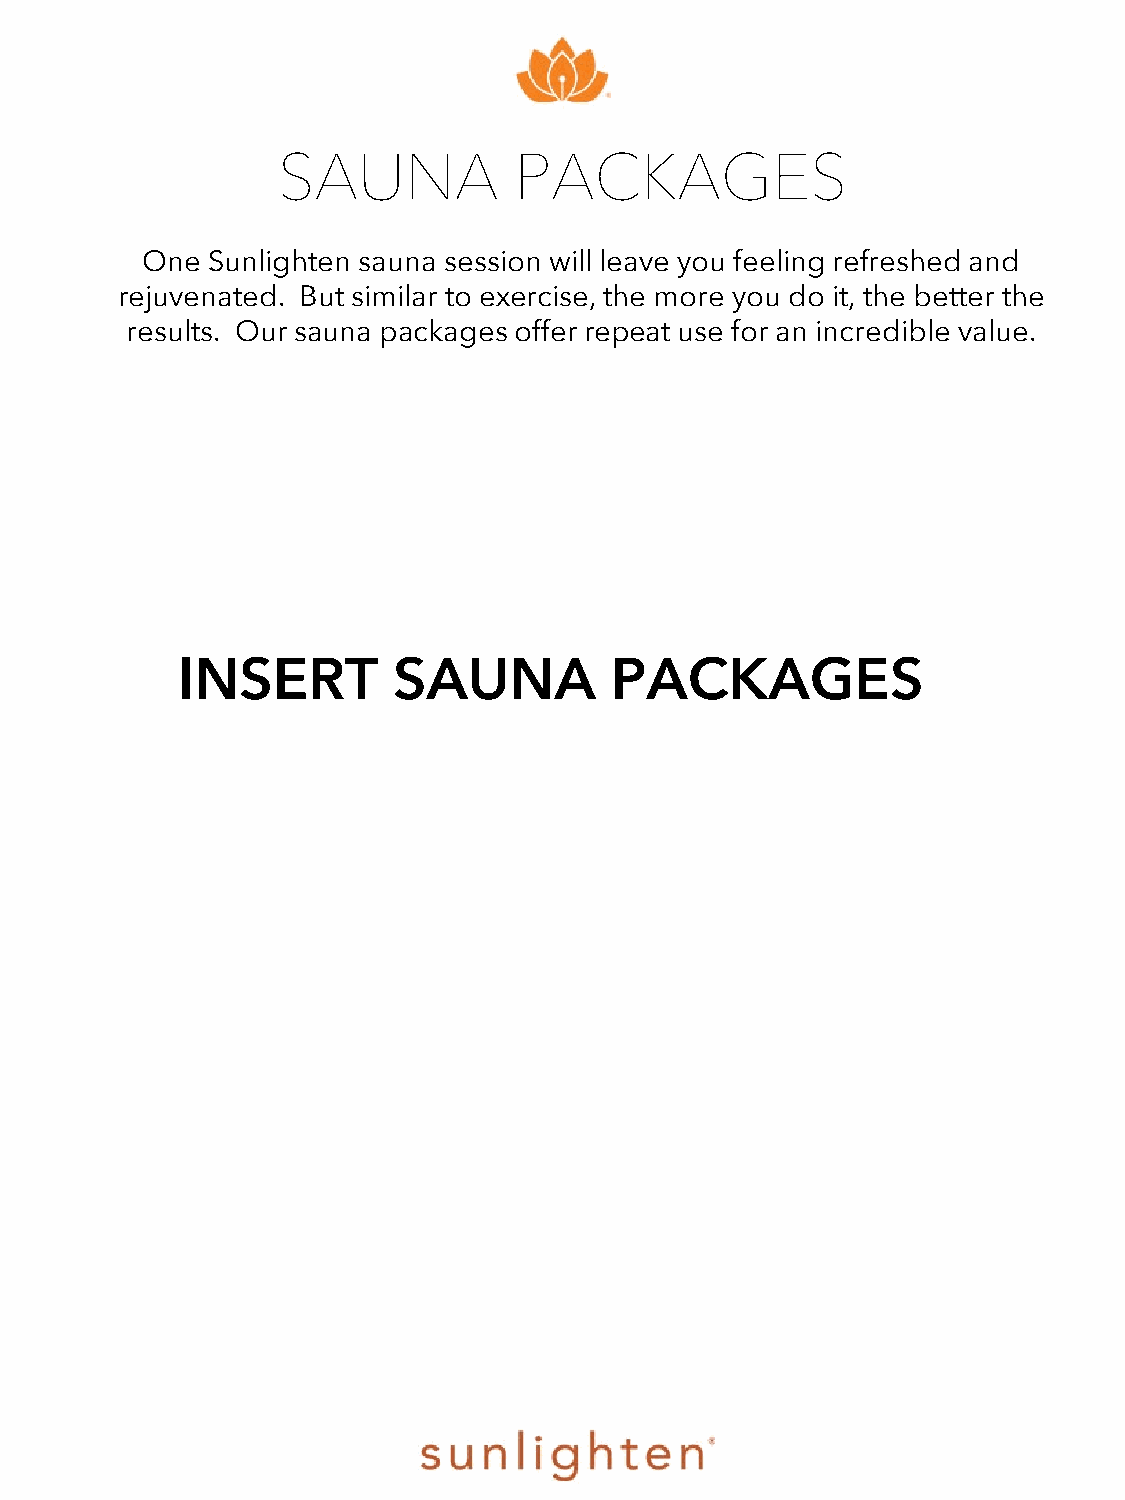
SAUNA           PACKAGES
 One  Sunlighten sauna session will leave you feeling refreshed and
 rejuvenated. But similar to exercise, the more you do it, the better the
 results. Our sauna packages offer repeat use for an incredible value.
 INSERT        SAUNA         PACKAGES